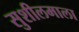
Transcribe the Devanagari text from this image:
सुशीलमाला